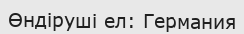
Өндіруші ел: Германия